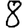
Digit: 8